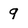
Character: 9